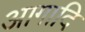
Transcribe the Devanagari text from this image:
आगादि